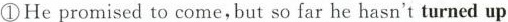
①He promised to come,but so far he hasn't turned up